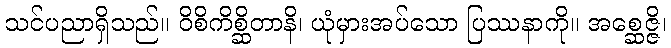
သင်ပညာရှိသည်။ ဝိစိကိစ္ဆိတာနိ၊ ယုံမှားအပ်သော ပြဿနာကို။ အစ္ဆေဇ္ဇိ၊